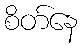
စိတ်နေ